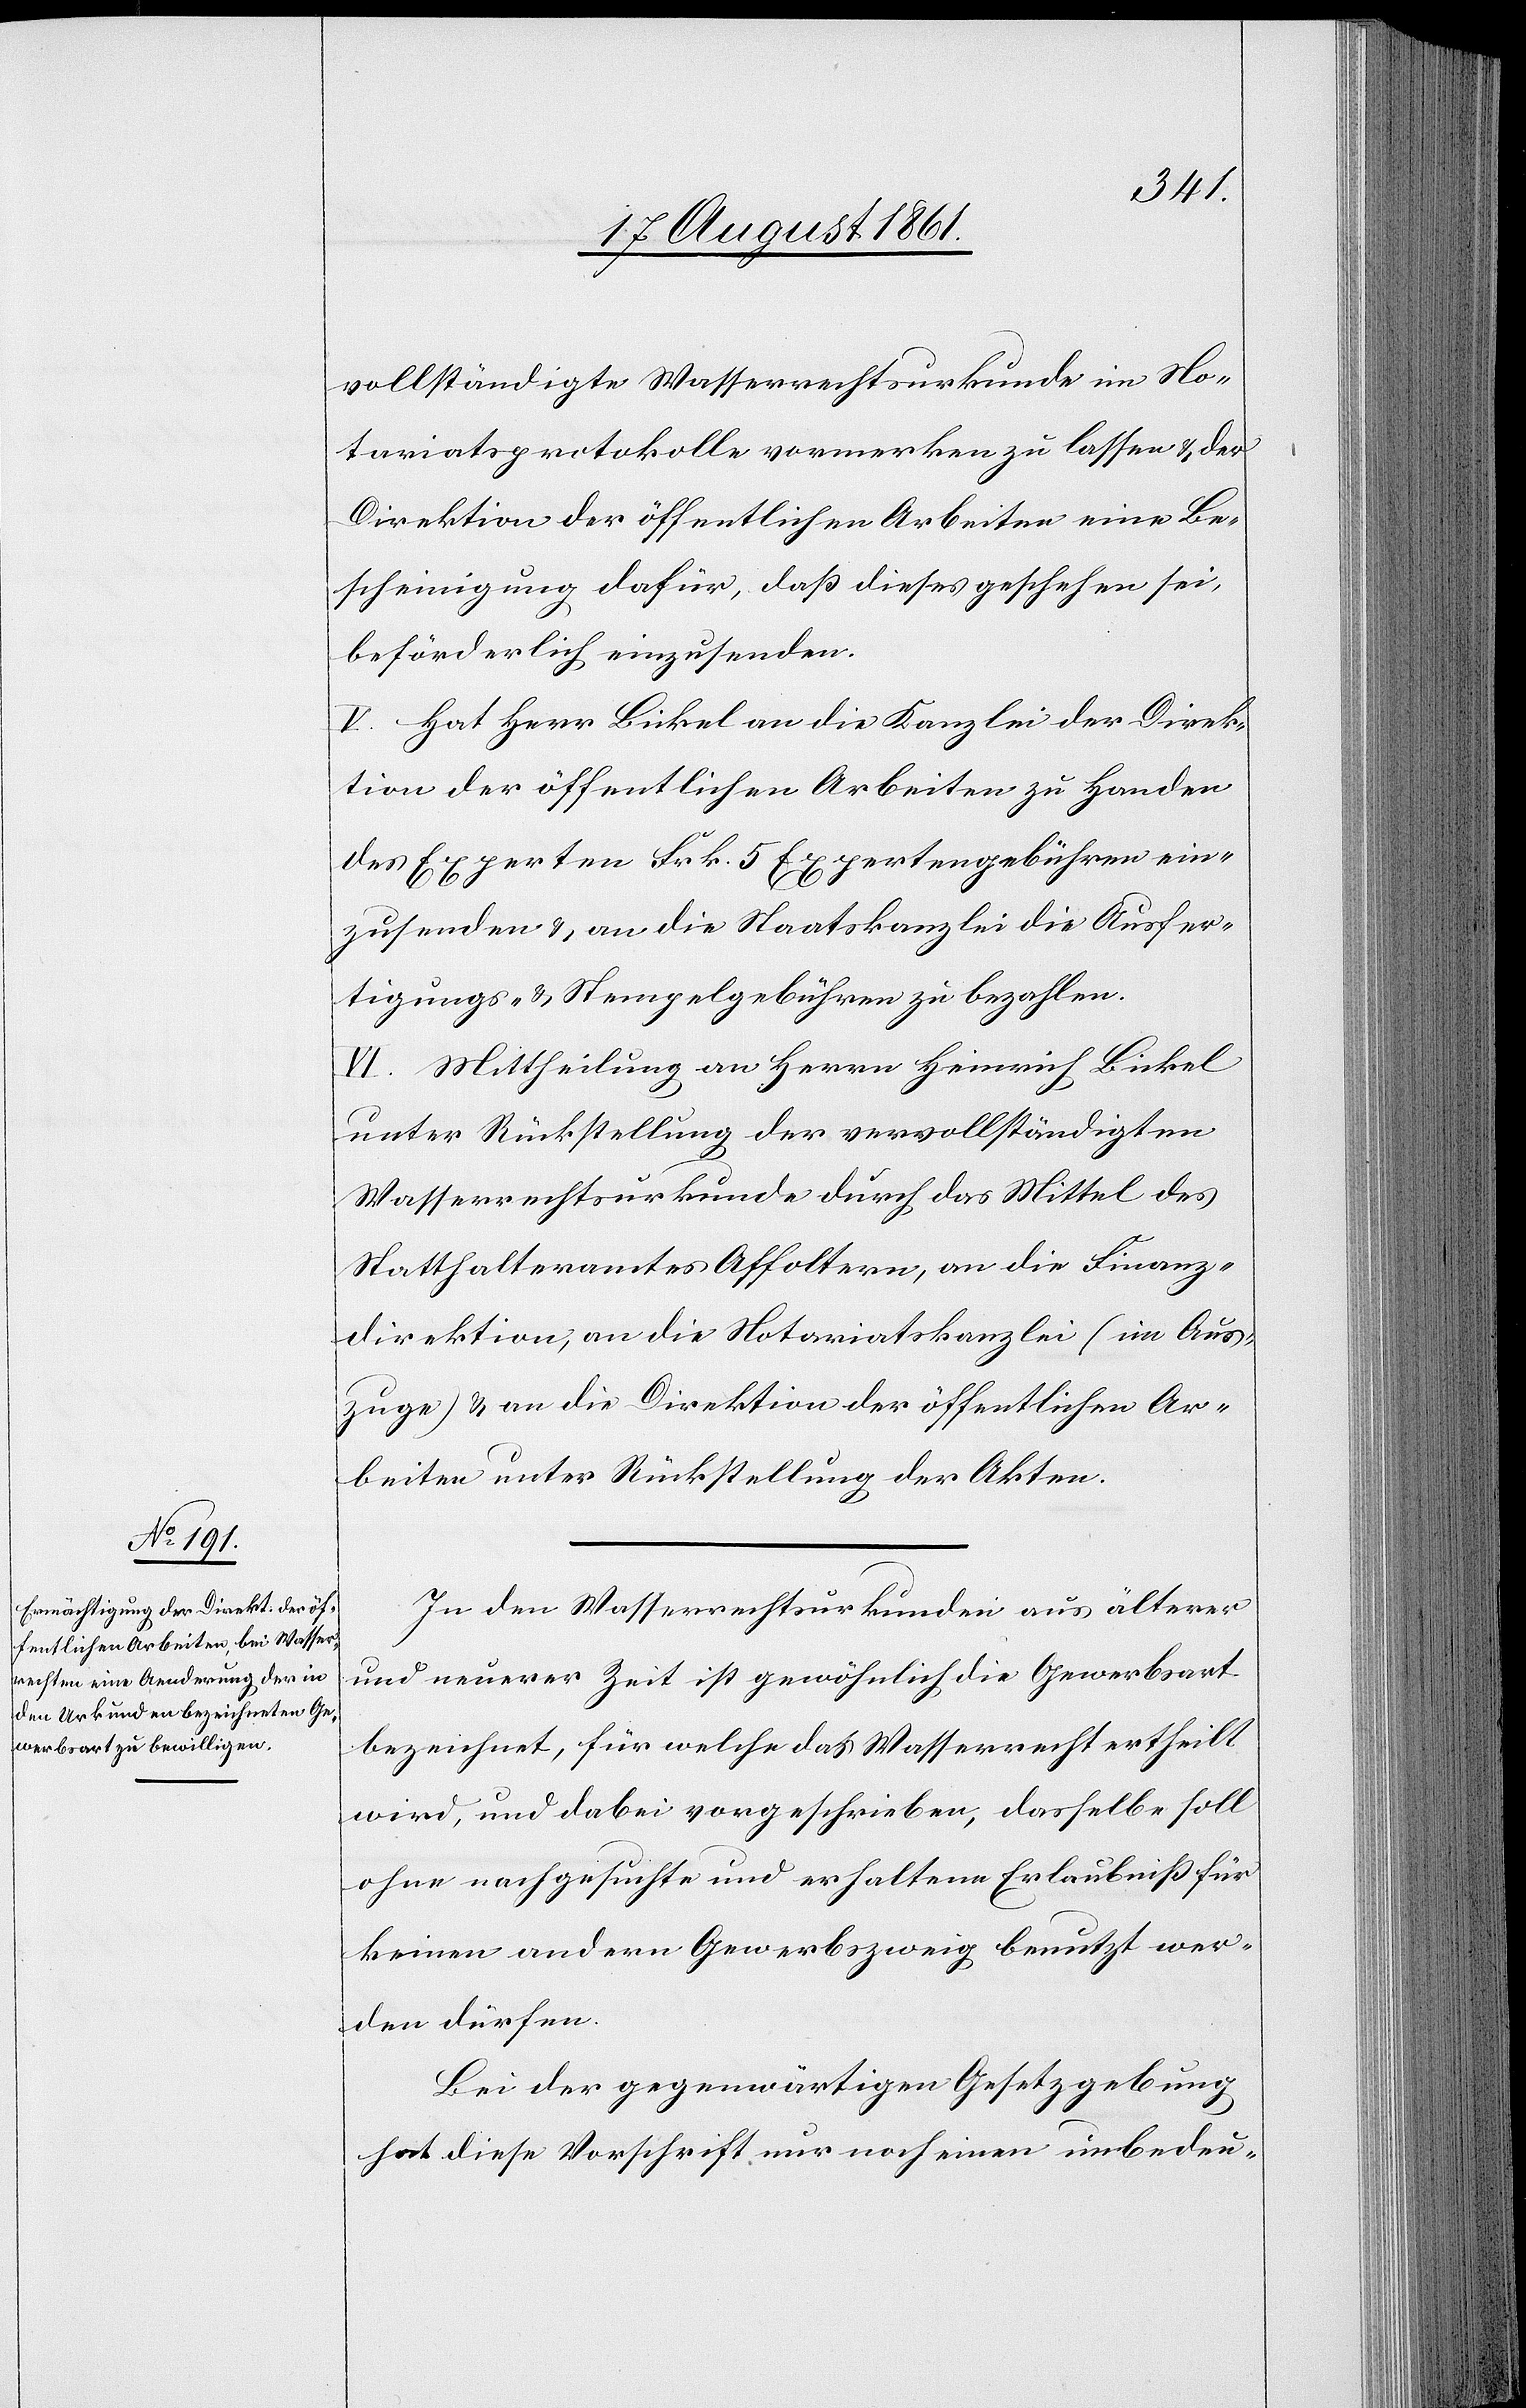
vollständigte Wasserrechtsurkunde im No¬
tariatsprotokolle vermerken zu lassen u. der
Direktion der öffentlichen Arbeiten eine Be¬
scheinigung dafür, daß dieses geschehen sei,
beförderlich einzusenden.
V. Hat Herr Bickel an die Kanzlei der Direk¬
tion der öffentlichen Arbeiten zu Handen
des Experten Frk. 5 Expertengebühren ein¬
zusenden u. an die Staatskanzlei die Ausfer¬
tigungs- u. Stempelgebühren zu bezahlen.
VI. Mittheilung an Herrn Heinrich Bickel
unter Rückstellung der vervollständigten
Wasserrechtsurkunde durch das Mittel des
Statthalteramtes Affoltern, an die Finanz¬
direktion, an die Notariatskanzlei (im Aus¬
zuge) u. an die Direktion der öffentlichen Ar¬
beiten unter Rückstellung der Akten.
In den Wasserrechtsurkunden aus älterer
und neuerer Zeit ist gewöhnlich die Gewerbsart
bezeichnet, für welche das Wasserrecht ertheilt
wird, und dabei vorgeschrieben, dasselbe soll
ohne nachgesuchte und erhaltene Erlaubniß für
keinen andern Gewerbszweig benutzt wer¬
den dürfen.
Bei der gegenwärtigen Gesetzgebung
hat diese Vorschrift nur noch einen unbedeu-